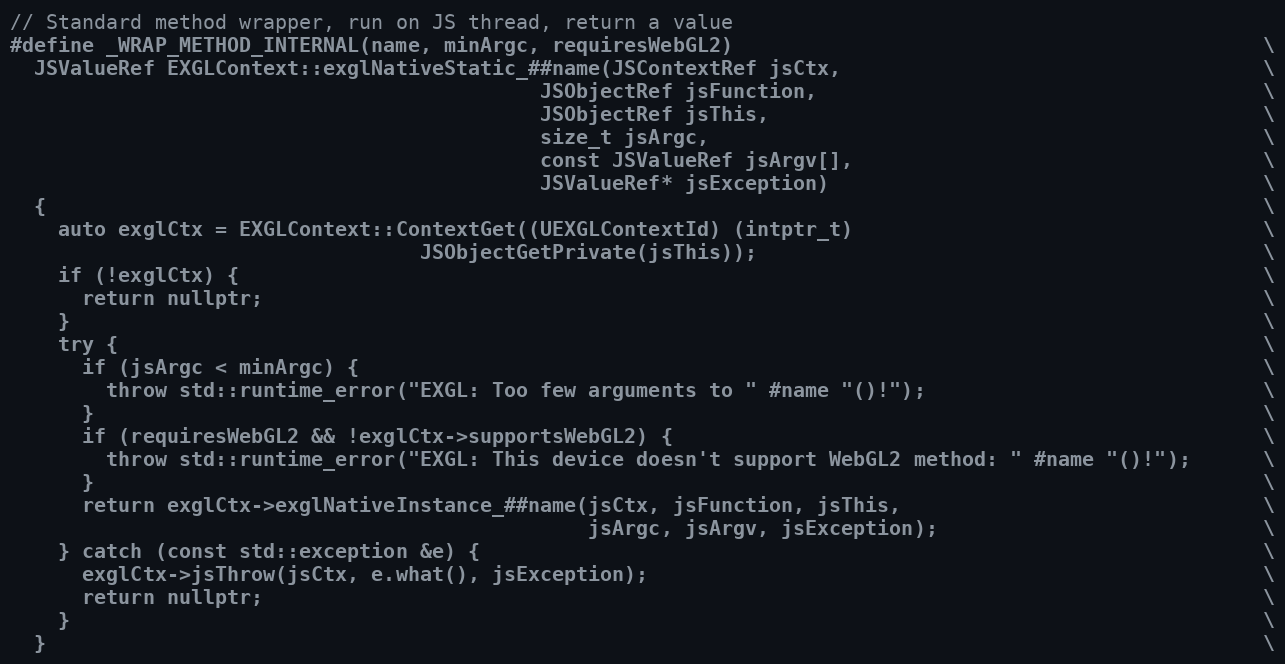
Language: C++
// Standard method wrapper, run on JS thread, return a value
#define _WRAP_METHOD_INTERNAL(name, minArgc, requiresWebGL2)                                            \
  JSValueRef EXGLContext::exglNativeStatic_##name(JSContextRef jsCtx,                                   \
                                            JSObjectRef jsFunction,                                     \
                                            JSObjectRef jsThis,                                         \
                                            size_t jsArgc,                                              \
                                            const JSValueRef jsArgv[],                                  \
                                            JSValueRef* jsException)                                    \
  {                                                                                                     \
    auto exglCtx = EXGLContext::ContextGet((UEXGLContextId) (intptr_t)                                  \
                                  JSObjectGetPrivate(jsThis));                                          \
    if (!exglCtx) {                                                                                     \
      return nullptr;                                                                                   \
    }                                                                                                   \
    try {                                                                                               \
      if (jsArgc < minArgc) {                                                                           \
        throw std::runtime_error("EXGL: Too few arguments to " #name "()!");                            \
      }                                                                                                 \
      if (requiresWebGL2 && !exglCtx->supportsWebGL2) {                                                 \
        throw std::runtime_error("EXGL: This device doesn't support WebGL2 method: " #name "()!");      \
      }                                                                                                 \
      return exglCtx->exglNativeInstance_##name(jsCtx, jsFunction, jsThis,                              \
                                                jsArgc, jsArgv, jsException);                           \
    } catch (const std::exception &e) {                                                                 \
      exglCtx->jsThrow(jsCtx, e.what(), jsException);                                                   \
      return nullptr;                                                                                   \
    }                                                                                                   \
  }                                                                                                     \